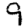
Digit: 9